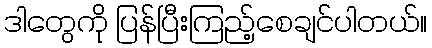
ဒါတွေကို ပြန်ပြီးကြည့်စေချင်ပါတယ်။